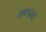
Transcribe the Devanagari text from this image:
मण्डवा